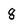
Character: 8